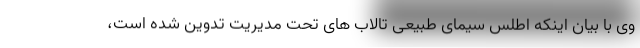
وی با بیان اینکه اطلس سیمای طبیعی تالاب های تحت مدیریت تدوین شده است،